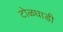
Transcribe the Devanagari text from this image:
टोळधाडी